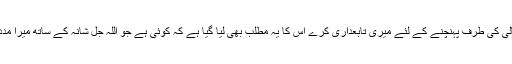
جو اللہ تعالٰی کی طرف پہنچنے کے لئے میری تابعداری کرے اس کا یہ مطلب بھی لیا گیا ہے کہ کوئی ہے جو اللہ جل شانہ کے ساتھ میرا مددگار بنے؟